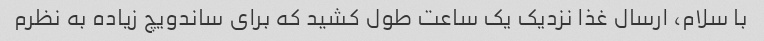
با سلام، ارسال غذا نزدیک یک ساعت طول کشید که برای ساندویچ زیاده به نظرم